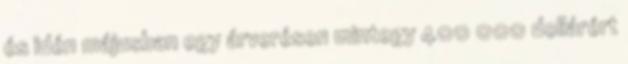
és idén májusban egy árverésen mintegy 400 000 dollárért